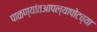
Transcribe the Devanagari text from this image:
पाळण्यांतआपल्यापोटच्या